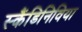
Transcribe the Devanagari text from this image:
स्कैंडिनिविया